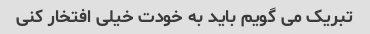
تبریک می گویم باید به خودت خیلی افتخار کنی